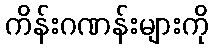
ကိန်းဂဏန်းများကို